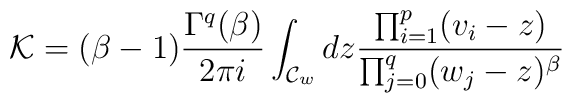
{\cal K}=(\beta-1)\frac{\Gamma^q(\beta)}{2\pi i}\int_{{\cal C}_w}  dz \frac{\prod_{i=1}^p (v_i-z)}{\prod_{j=0}^q (w_j-z)^\beta}